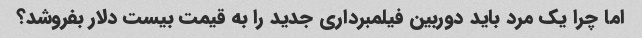
اما چرا یک مرد باید دوربین فیلمبرداری جدید را به قیمت بیست دلار بفروشد؟